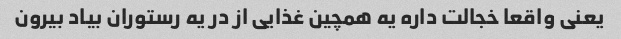
یعنی واقعا خجالت داره یه همچین غذایی از در یه رستوران بیاد بیرون